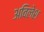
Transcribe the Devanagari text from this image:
अविलेश